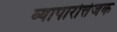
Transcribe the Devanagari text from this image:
व्यापारोत्तेजक